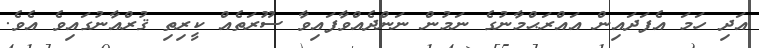
އަދި ހަމަ އެފަދައިން އައްރަޙްމާނުގެ ނަމުން ނަންދެއްވާފައިވާ ސޫރަތެއް ކީރިތި ޤުރްއާނުގައިވެ އެވެ.